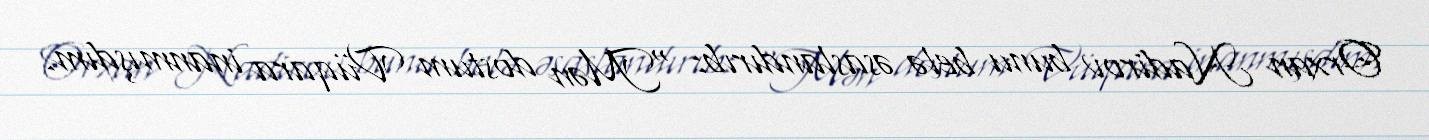
Orxan Nadirov bunu belə əsaslandırıb: “Mən dostum Vüqara inanmışdım.